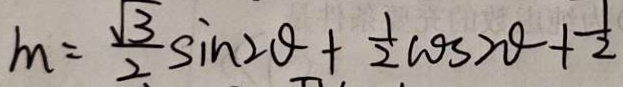
m = \frac { \sqrt { 3 } } { 2 } \sin 2 \theta + \frac { 1 } { 2 } \cos 2 \theta + \frac { 1 } { 2 }